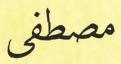
مصطفى